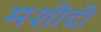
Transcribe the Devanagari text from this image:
मशीदी